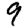
Digit: 9